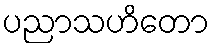
ပညာသဟိတော